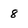
Character: 8